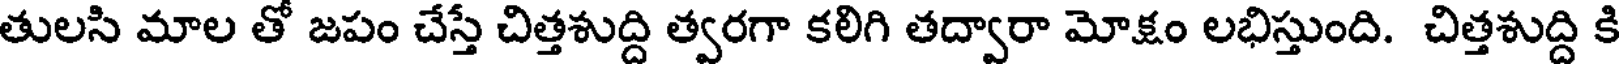
తులసి మాల తో జపం చేస్తే చిత్తశుద్ది త్వరగా కలిగి తద్వారా మోక్షం లభిస్తుంది. చిత్తశుద్ది కి